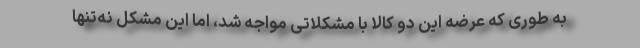
به طوری که عرضه این دو کالا با مشکلاتی مواجه شد، اما این مشکل نه‌تنها